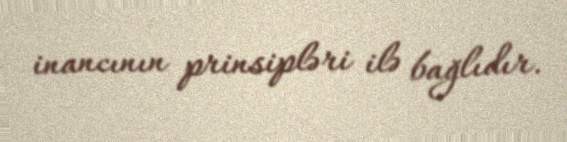
inancının prinsipləri ilə bağlıdır.